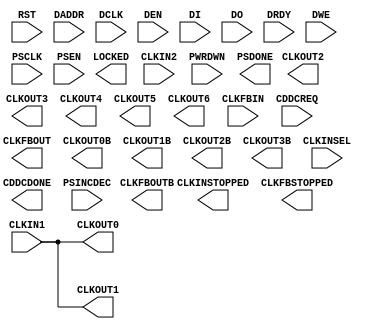
// !!! Placeholder only !!!

module MMCME4_ADV #(
    parameter BANDWIDTH = "OPTIMIZED",
    parameter real CLKFBOUT_MULT_F = 5.0,
    parameter real CLKFBOUT_PHASE = 0.0,
    parameter CLKFBOUT_USE_FINE_PS = "FALSE",
    parameter real CLKIN1_PERIOD = 0.0,
    parameter real CLKIN2_PERIOD = 0.0,
    parameter real CLKOUT0_DIVIDE_F = 1.0,
    parameter real CLKOUT0_DUTY_CYCLE = 0.5,
    parameter real CLKOUT0_PHASE = 0.0,
    parameter CLKOUT0_USE_FINE_PS = "FALSE",
    parameter integer CLKOUT1_DIVIDE = 1,
    parameter real CLKOUT1_DUTY_CYCLE = 0.5,
    parameter real CLKOUT1_PHASE = 0.0,
    parameter CLKOUT1_USE_FINE_PS = "FALSE",
    parameter integer CLKOUT2_DIVIDE = 1,
    parameter real CLKOUT2_DUTY_CYCLE = 0.5,
    parameter real CLKOUT2_PHASE = 0.0,
    parameter CLKOUT2_USE_FINE_PS = "FALSE",
    parameter integer CLKOUT3_DIVIDE = 1,
    parameter real CLKOUT3_DUTY_CYCLE = 0.5,
    parameter real CLKOUT3_PHASE = 0.0,
    parameter CLKOUT3_USE_FINE_PS = "FALSE",
    parameter CLKOUT4_CASCADE = "FALSE",
    parameter integer CLKOUT4_DIVIDE = 1,
    parameter real CLKOUT4_DUTY_CYCLE = 0.5,
    parameter real CLKOUT4_PHASE = 0.0,
    parameter CLKOUT4_USE_FINE_PS = "FALSE",
    parameter integer CLKOUT5_DIVIDE = 1,
    parameter real CLKOUT5_DUTY_CYCLE = 0.5,
    parameter real CLKOUT5_PHASE = 0.0,
    parameter CLKOUT5_USE_FINE_PS = "FALSE",
    parameter integer CLKOUT6_DIVIDE = 1,
    parameter real CLKOUT6_DUTY_CYCLE = 0.5,
    parameter real CLKOUT6_PHASE = 0.0,
    parameter CLKOUT6_USE_FINE_PS = "FALSE",
    parameter COMPENSATION = "AUTO",
    parameter integer DIVCLK_DIVIDE = 1,
    parameter IS_CLKFBIN_INVERTED = 1'b0,
    parameter IS_CLKIN1_INVERTED = 1'b0,
    parameter IS_CLKIN2_INVERTED = 1'b0,
    parameter IS_CLKINSEL_INVERTED = 1'b0,
    parameter IS_PSEN_INVERTED = 1'b0,
    parameter IS_PSINCDEC_INVERTED = 1'b0,
    parameter IS_PWRDWN_INVERTED = 1'b0,
    parameter IS_RST_INVERTED = 1'b0,
    parameter real REF_JITTER1 = 0.0,
    parameter real REF_JITTER2 = 0.0,
    parameter SS_EN = "FALSE",
    parameter SS_MODE = "CENTER_HIGH",
    parameter integer SS_MOD_PERIOD = 10000,
    parameter STARTUP_WAIT = "FALSE"
)(
    output  CLKFBOUT,
    output  CLKFBOUTB,
    output  CLKOUT0,
    output  CLKOUT0B,
    output  CLKOUT1,
    output  CLKOUT1B,
    output  CLKOUT2,
    output  CLKOUT2B,
    output  CLKOUT3,
    output  CLKOUT3B,
    output  CLKOUT4,
    output  CLKOUT5,
    output  CLKOUT6,
    output  LOCKED,
    input   CLKFBIN,
    input   CLKIN1,
    input   CLKIN2,
    input   CLKINSEL,
    input   PWRDWN,
    input   RST,
    input   DADDR,
    input   DCLK,
    input   DEN,
    input   DI,
    input   DO,
    input   DRDY,
    input   DWE,
    output  CDDCDONE,
    input   CDDCREQ,
    input   PSCLK,
    input   PSEN,
    input   PSINCDEC,
    output  PSDONE,
    output  CLKINSTOPPED,
    output  CLKFBSTOPPED
);

assign CLKOUT0 = CLKIN1;
assign CLKOUT1 = CLKIN1;

endmodule // MMCME2_BASE